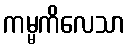
ကမ္မကိလေသာ